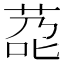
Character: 莻